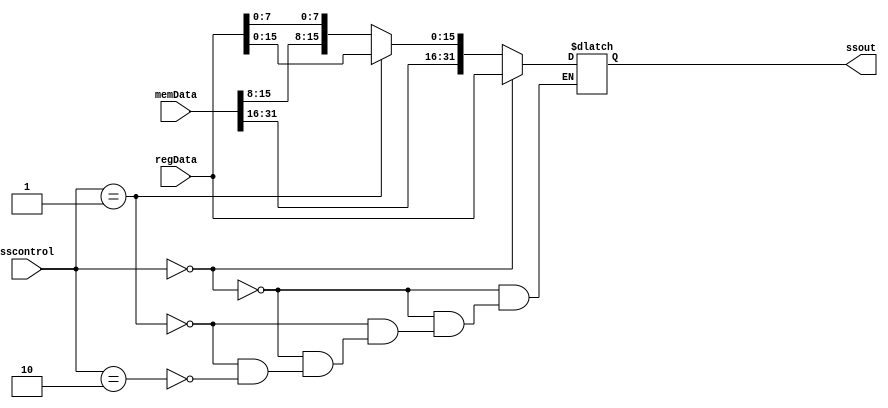
module SS (
    input wire[1:0] sscontrol, //0 -> 0 do memData (sw)    1-> sh   2 -> sb
    input wire[31:0] regData,
    input wire[31:0] memData, 
    output reg[31:0] ssout
);

    always @(*) 
    begin
      
    
        if (sscontrol == 0)
            ssout = regData; // sw
        
        else if (sscontrol == 1) 
            ssout = {memData[31:16], regData[15:0]}; // sh
        
        else if (sscontrol == 2) 
            ssout = {memData[31:8], regData[7:0]}; // sb
    
    end


endmodule